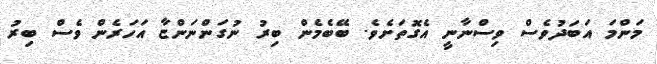
މަންމަ އަބަދުވެސް ވިސްނާނީ އެގޮތަށެވެ. ބޭބެމެން ބިރު ނުގަންނަންޏާ އަހަރެން ވެސް ބިރު